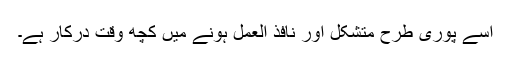
اِسے پوری طرح متشکّل اور نافذ العمل ہونے میں کچھ وقت درکار ہے۔